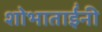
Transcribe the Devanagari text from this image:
शोभाताईंनी